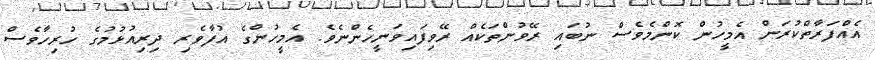
އެއްފަރާތްކުރަން އެމީހުން ކޮންމެވެސް ނުބައި ރޭވުންތަކެއް ރޭވިފައިވަނީހެންނެވެ. އެމީހުންގެ އުފާވެރި ދިރިއުޅުމުގެ ހުރިހާވެސް